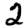
Digit: 2